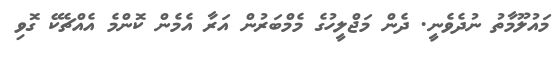
މައުލޫމާތު ނުދެވެނީ. ދެން މަޖްލީހުގެ މެމްބަރުން އަރާ އެމެން ކޮންމެ އެއްޗެކޭ ގޮވި